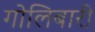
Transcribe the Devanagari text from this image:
गोलिबारी